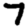
Digit: 7